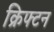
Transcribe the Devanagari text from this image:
क्रिफ्टन